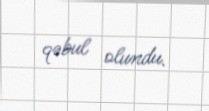
qəbul olundu.